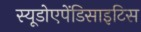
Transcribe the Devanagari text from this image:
स्यूडोएपेंडिसाइटिस